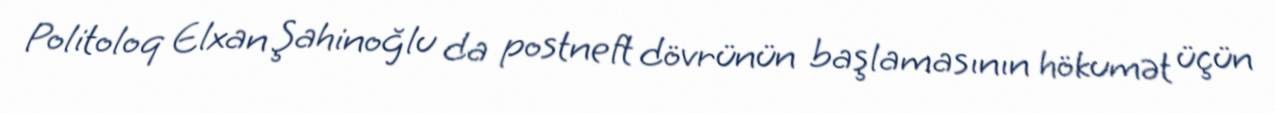
Politoloq Elxan Şahinoğlu da postneft dövrünün başlamasının hökumət üçün